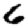
Digit: 6